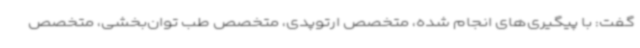
گفت: با پیگیری‌های انجام شده، متخصص ارتوپدی، متخصص طب توان‌بخشی، متخصص